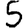
Digit: 5